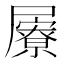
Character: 屪